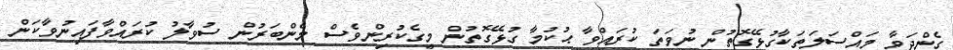
ގެންދަވާ މައްސަލަތަކާގުޅޭގޮތުން ނުވަތަ ކުރައްވާ ޙުކުމާ ގުޅޭގޮތުން މީގެކުރިންވެސް މެންބަރުން ސުވާލު ކުރައްވާފައިނުވާކަން